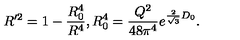
R ^ { \prime 2 } = 1 - { \frac { R _ { 0 } ^ { 4 } } { R ^ { 4 } } } , R _ { 0 } ^ { 4 } = { \frac { Q ^ { 2 } } { 4 8 \pi ^ { 4 } } } e ^ { { \frac { 2 } { \sqrt 3 } } D _ { 0 } } .